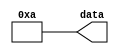
module Fport(output [3:0] data);

//-- La salida del modulo son 4 cables
wire [3:0] data;

  //-- Sacar el valor por el bus de salida
  //-- En verilog se indica primero el numero de bits
  //-- y luego el formato (binario, hexa, decimal, etc...)
	//-- Para sacar el valor en hexa hay que poner: 4'h4
  assign data = 4'b1010; //-- 4'hA

endmodule